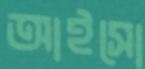
আইসো